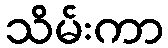
သိမ်းကာ